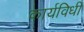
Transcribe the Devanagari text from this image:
कार्यविधी